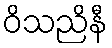
ဝိသညိနီ